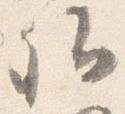
卿